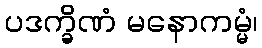
ပဒက္ခိဏံ မနောကမ္မံ၊